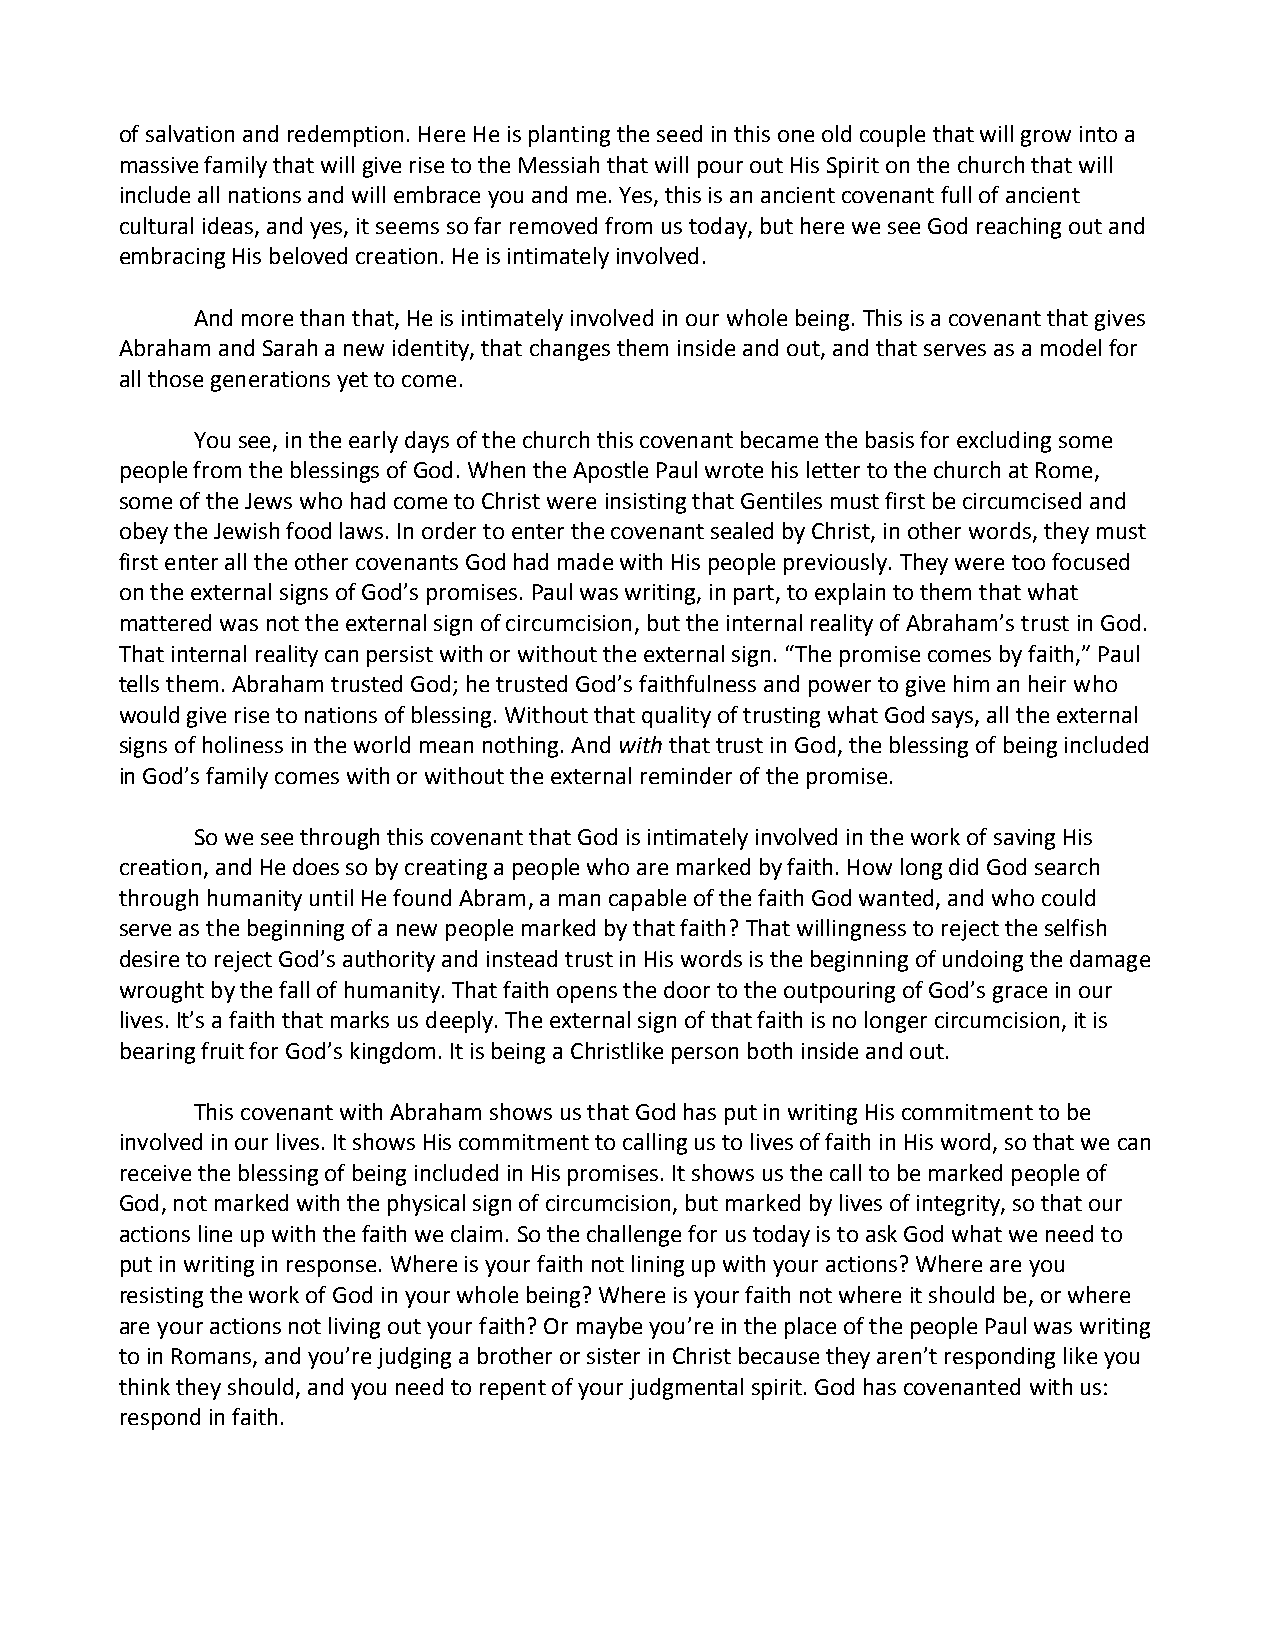
of salvation and redemption. Here He is planting the seed in this one old couple that will grow into a
 massive family that will give rise to the Messiah that will pour out His Spirit on the church that will
 include all nations and will embrace you and me. Yes, this is an ancient covenant full of ancient
 cultural ideas, and yes, it seems so far removed from us today, but here we see God reaching out and
 embracing His beloved creation. He is intimately involved.
 And more than that, He is intimately involved in our whole being. This is a covenant that gives
 Abraham and Sarah a new identity, that changes them inside and out, and that serves as a model for
 all those generations yet to come.
 You see, in the early days of the church this covenant became the basis for excluding some
 people from the blessings of God. When the Apostle Paul wrote his letter to the church at Rome,
 some of the Jews who had come to Christ were insisting that Gentiles must first be circumcised and
 obey the Jewish food laws. In order to enter the covenant sealed by Christ, in other words, they must
 first enter all the other covenants God had made with His people previously. They were too focused
 on the external signs of God’s promises. Paul was writing, in part, to explain to them that what
 mattered was not the external sign of circumcision, but the internal reality of Abraham’s trust in God.
 That internal reality can persist with or without the external sign. “The promise comes by faith,” Paul
 tells them. Abraham trusted God; he trusted God’s faithfulness and power to give him an heir who
 would give rise to nations of blessing. Without that quality of trusting what God says, all the external
 signs of holiness in the world mean nothing. And with that trust in God, the blessing of being included
 in God’s family comes with or without the external reminder of the promise.
 So we see through this covenant that God is intimately involved in the work of saving His
 creation, and He does so by creating a people who are marked by faith. How long did God search
 through humanity until He found Abram, a man capable of the faith God wanted, and who could
 serve as the beginning of a new people marked by that faith? That willingness to reject the selfish
 desire to reject God’s authority and instead trust in His words is the beginning of undoing the damage
 wrought by the fall of humanity. That faith opens the door to the outpouring of God’s grace in our
 lives. It’s a faith that marks us deeply. The external sign of that faith is no longer circumcision, it is
 bearing fruit for God’s kingdom. It is being a Christlike person both inside and out.
 This covenant with Abraham shows us that God has put in writing His commitment to be
 involved in our lives. It shows His commitment to calling us to lives of faith in His word, so that we can
 receive the blessing of being included in His promises. It shows us the call to be marked people of
 God, not marked with the physical sign of circumcision, but marked by lives of integrity, so that our
 actions line up with the faith we claim. So the challenge for us today is to ask God what we need to
 put in writing in response. Where is your faith not lining up with your actions? Where are you
 resisting the work of God in your whole being? Where is your faith not where it should be, or where
 are your actions not living out your faith? Or maybe you’re in the place of the people Paul was writing
 to in Romans, and you’re judging a brother or sister in Christ because they aren’t responding like you
 think they should, and you need to repent of your judgmental spirit. God has covenanted with us:
 respond in faith.